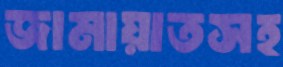
জামায়াতসহ